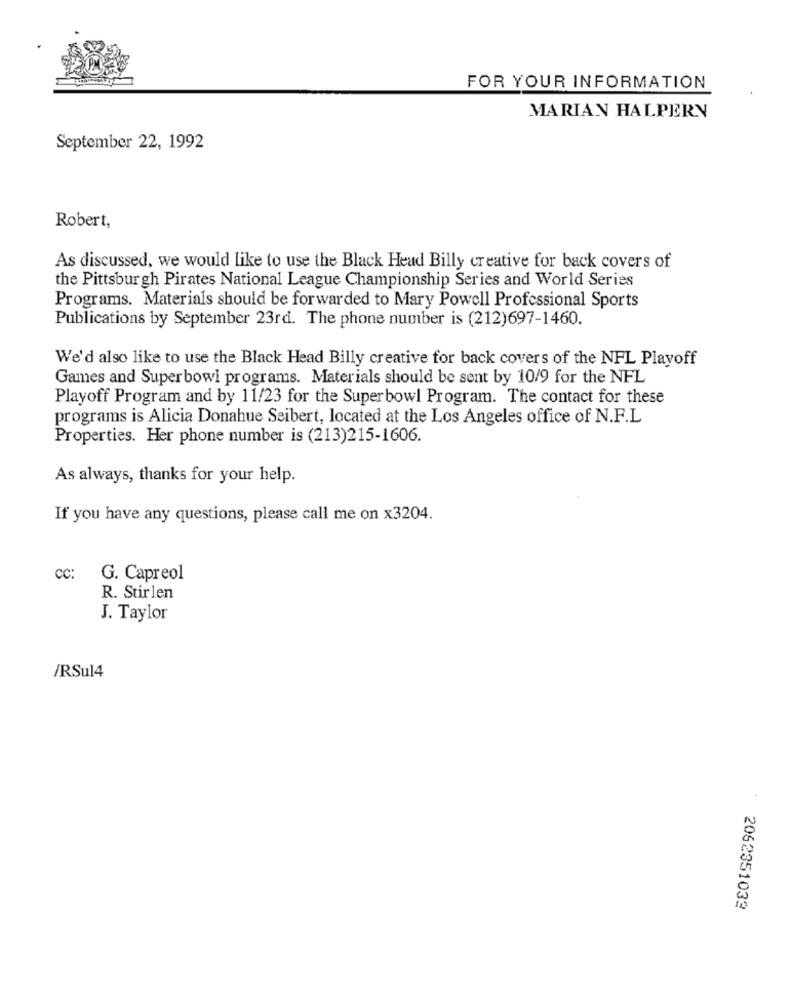
FOR YOUR INFORMATION
MARIAN HALPERN
September 22, 1992
Robert,
As discussed, we would like to use the Black Head Billy creative for back covers of
the Pittsburgh Pirates National League Championship Series and World Series
Programs. Materials should be forwarded to Mary Powell Professional Sports
Publications by September 23rd. The phone number is (212)697-1460.
We'd also like to use the Black Head Billy creative for back covers of the NFL Playoff
Games and Superbowl programs. Materials should be sent by 10/9 for the NFL
Playoff Program and by 11/23 for the Superbowl Program. The contact for these
programs is Alicia Donahue Seibert, located at the Los Angeles office of N.F.L
Properties. Her phone number is (213)215-1606.
As always, thanks for your help.
If you have any questions, please call me on x3204.
CC:
G. Capreol
R. Stirlen
J. Taylor
/RSul4
2062351032